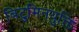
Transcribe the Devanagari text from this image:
बिटुमिनयुक्ति